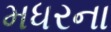
મધરના